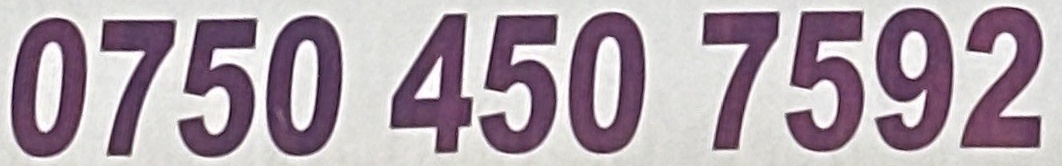
0750 450 7592